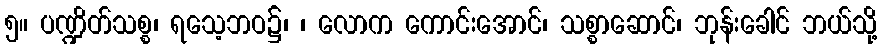
၅။ ပဏ္ဍိတ်သစ္စ၊ ရသေ့ဘဝ၌၊ ၊ လောက ကောင်းအောင်၊ သစ္စာဆောင်၊ ဘုန်းခေါင် ဘယ်သို့